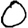
Digit: 0